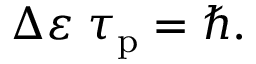
\Delta \varepsilon \; \tau _ { \mathrm { p } } = \hbar .